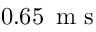
0 . 6 5 \, \mathrm { ~ m ~ s ~ }